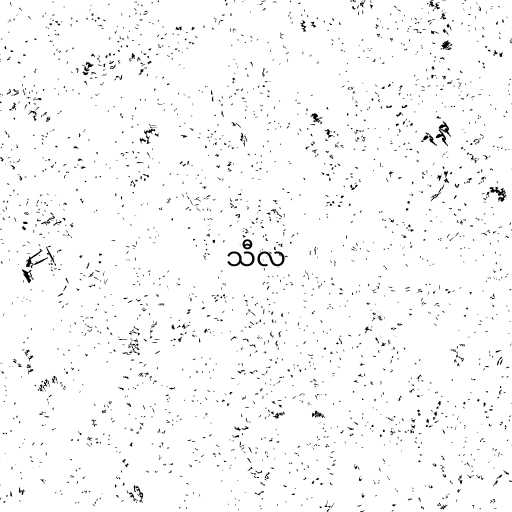
သီလ